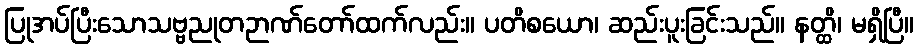
ပြုအပ်ပြီးသောသဗ္ဗညုတဉာဏ်တော်ထက်လည်း။ ပတိစယော၊ ဆည်းပူးခြင်းသည်။ နတ္ထိ၊ မရှိပြီ။